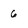
Character: 6